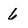
Character: 6